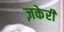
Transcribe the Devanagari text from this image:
ज़केरी